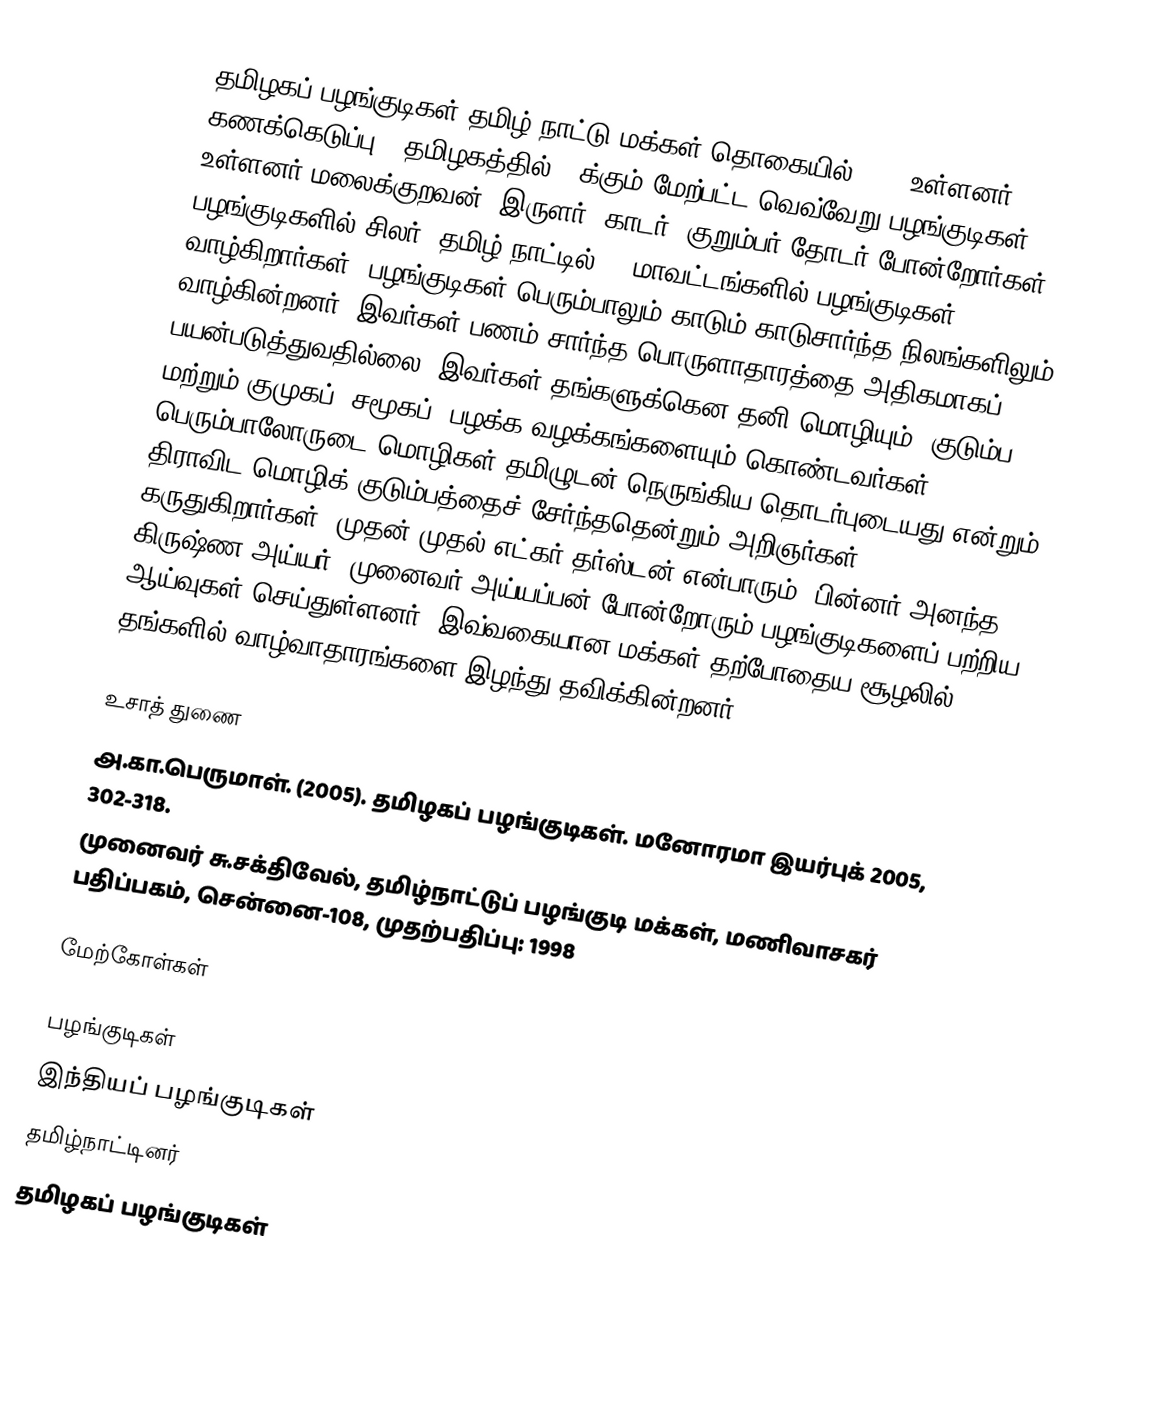
தமிழகப் பழங்குடிகள் தமிழ் நாட்டு மக்கள் தொகையில் 3.5% உள்ளனர் (2001 கணக்கெடுப்பு). தமிழகத்தில் 40க்கும் மேற்பட்ட வெவ்வேறு பழங்குடிகள் உள்ளனர்.மலைக்குறவன், இருளர், காடர், குறும்பர்,தோடர் போன்றோர்கள் பழங்குடிகளில் சிலர். தமிழ் நாட்டில் 30 மாவட்டங்களில் பழங்குடிகள் வாழ்கிறார்கள். பழங்குடிகள் பெரும்பாலும் காடும் காடுசார்ந்த நிலங்களிலும் வாழ்கின்றனர். இவர்கள் பணம் சார்ந்த பொருளாதாரத்தை அதிகமாகப் பயன்படுத்துவதில்லை. இவர்கள் தங்களுக்கென  தனி மொழியும், குடும்ப மற்றும் குமுகப் (சமூகப்) பழக்க வழக்கங்களையும் கொண்டவர்கள். பெரும்பாலோருடை மொழிகள் தமிழுடன் நெருங்கிய தொடர்புடையது என்றும் திராவிட மொழிக் குடும்பத்தைச் சேர்ந்ததென்றும் அறிஞர்கள் கருதுகிறார்கள். முதன் முதல் எட்கர் தர்ஸ்டன் என்பாரும், பின்னர் அனந்த கிருஷ்ண அய்யர், முனைவர் அய்யப்பன் போன்றோரும் பழங்குடிகளைப் பற்றிய ஆய்வுகள் செய்துள்ளனர். இவ்வகையான மக்கள் தற்போதைய சூழலில் தங்களில் வாழ்வாதாரங்களை இழந்து தவிக்கின்றனர்.

உசாத் துணை
 அ.கா.பெருமாள். (2005). தமிழகப் பழங்குடிகள். மனோரமா இயர்புக் 2005, 302-318.
 முனைவர் சு.சக்திவேல், தமிழ்நாட்டுப் பழங்குடி மக்கள்,  மணிவாசகர் பதிப்பகம், சென்னை-108, முதற்பதிப்பு: 1998

மேற்கோள்கள்

பழங்குடிகள்
இந்தியப் பழங்குடிகள்
தமிழ்நாட்டினர்
தமிழகப் பழங்குடிகள்